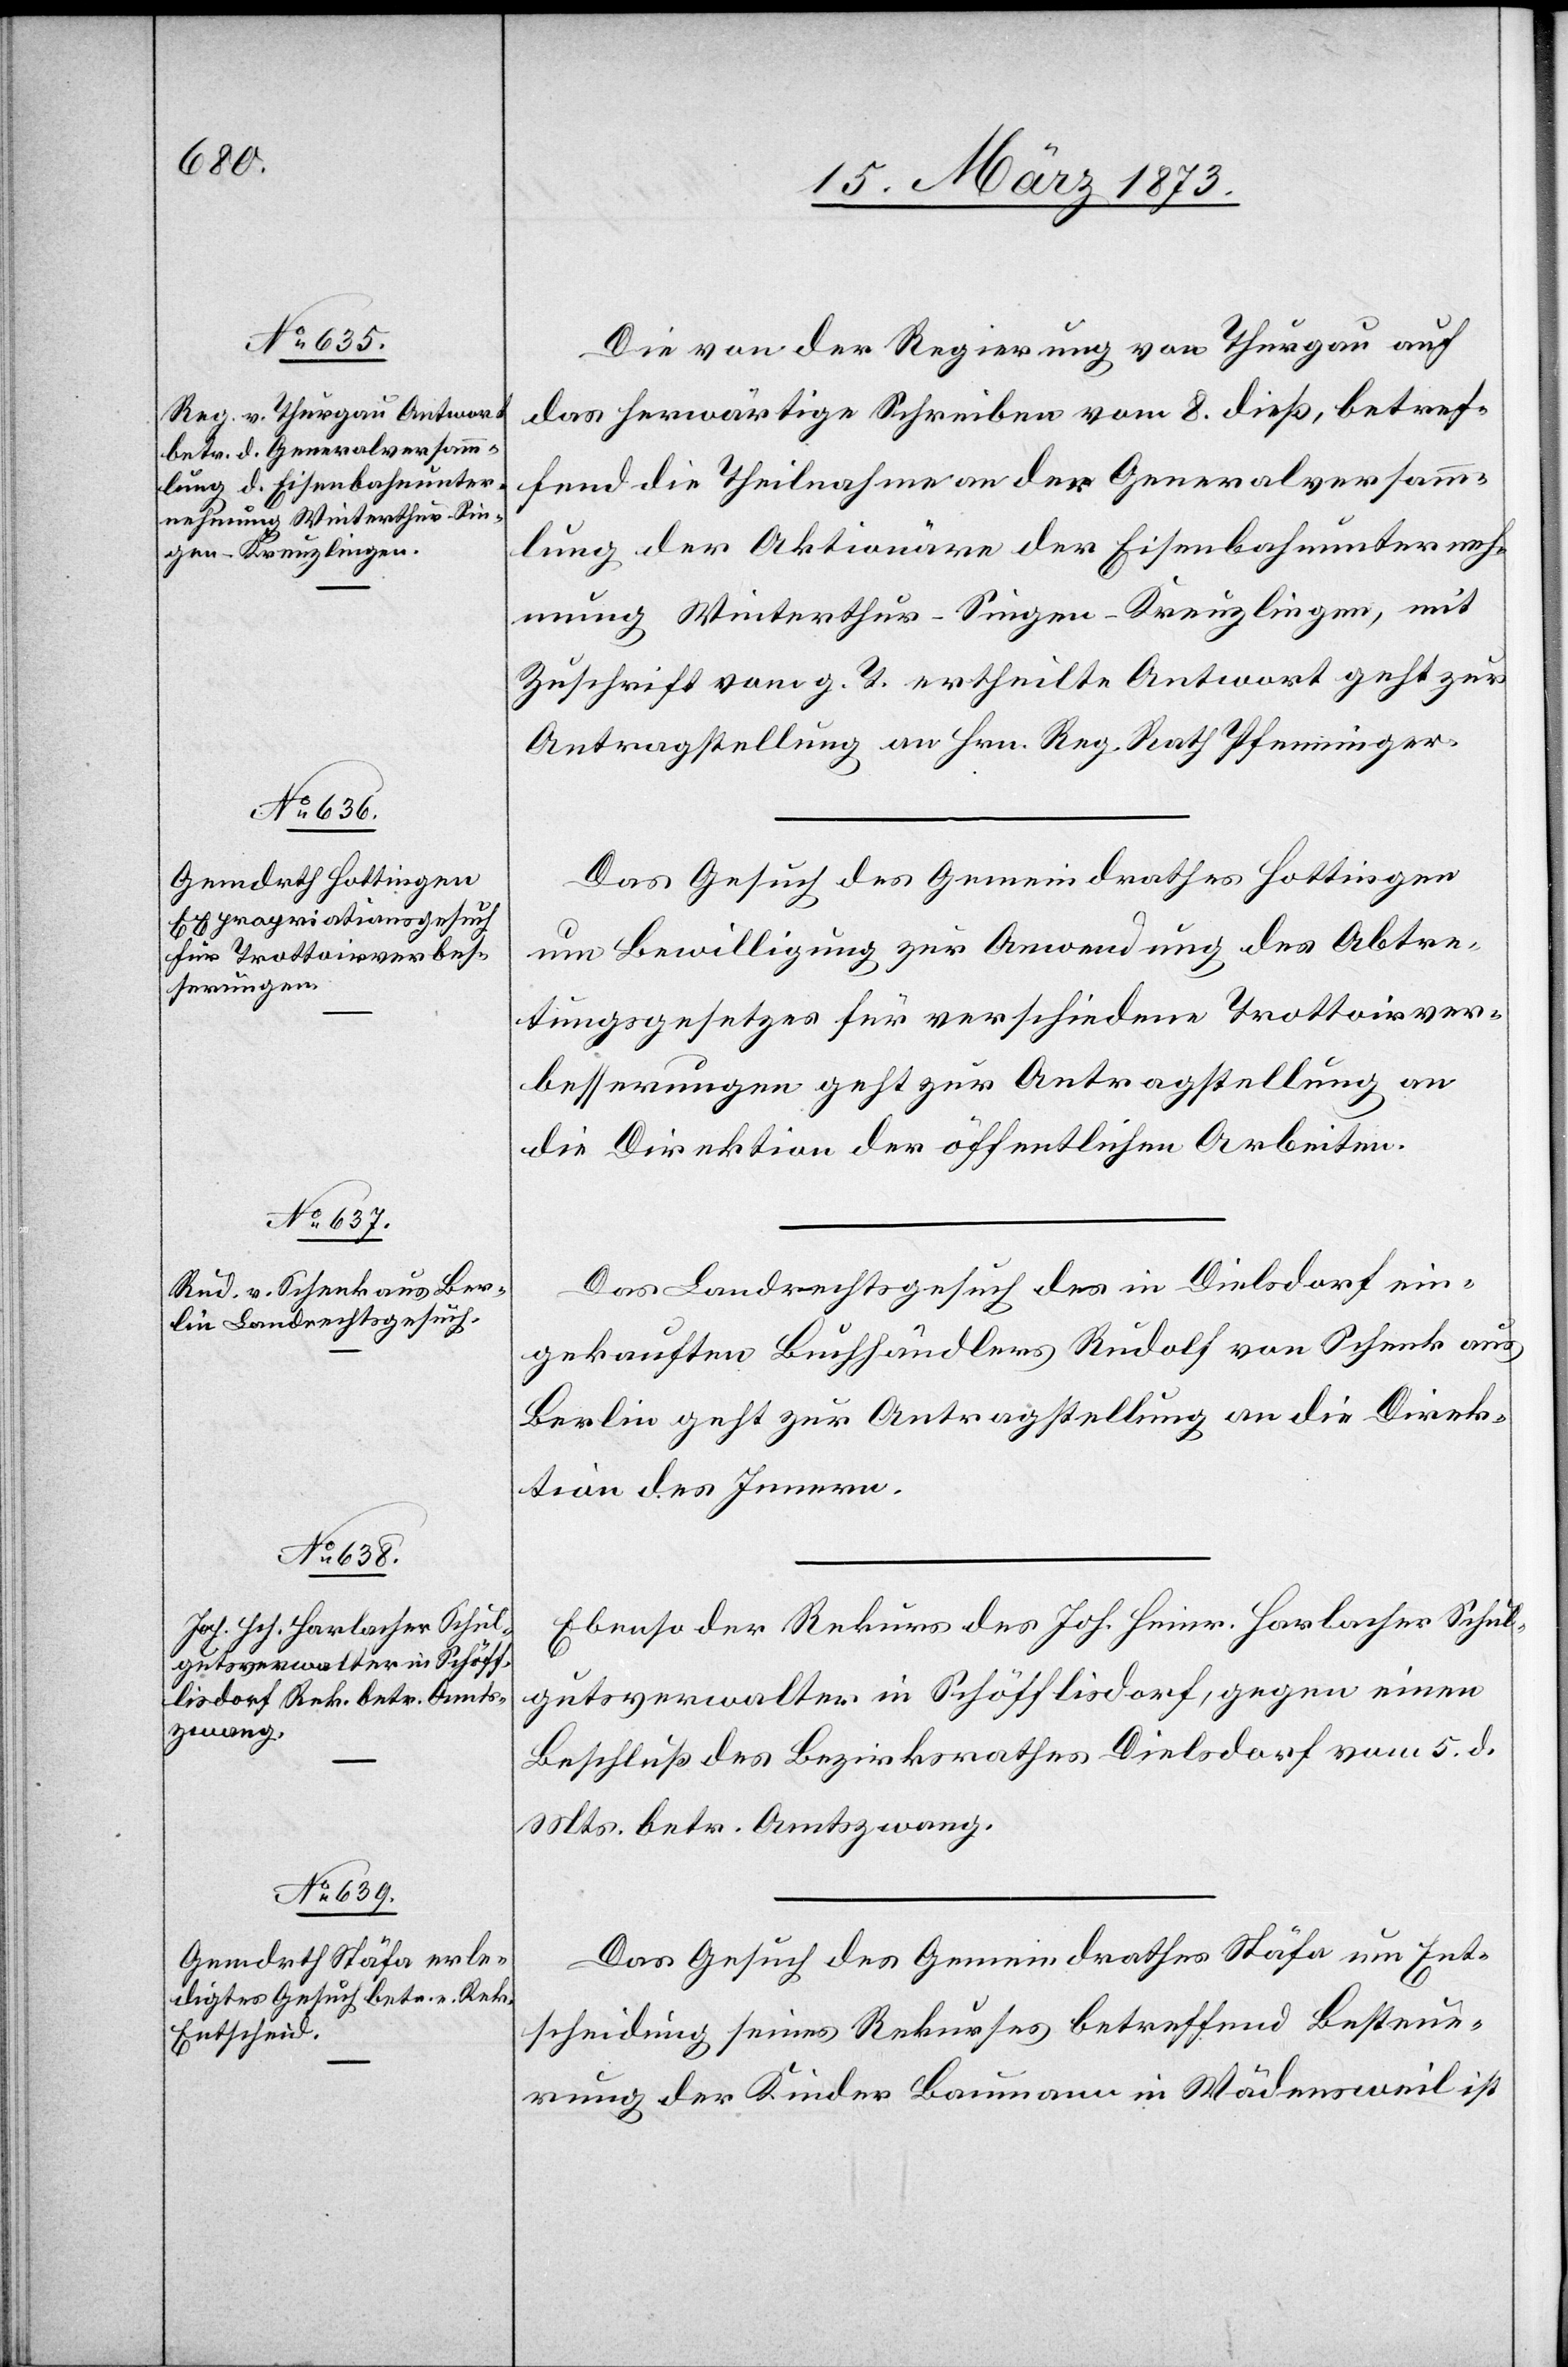
15. März 1873.]
Die von der Regierung von Thurgau auf
das herwärtige Schreiben vom 8. dieß, betref¬
fend die Theilnahme an der Generalversamm¬
lung der Aktionäre der Eisenbahnunterneh¬
mung Winterthur–Singen–Kreuzlingen, mit
Zuschrift vom g. T. ertheilte Antwort geht zur
Antragstellung an Hrn. Reg. Rath Pfenninger.
Das Gesuch des Gemeindrathes Hottingen
um Bewilligung zur Anwendung des Abtre¬
tungsgesetzes für verschiedene Trottoirver¬
besserungen geht zur Antragstellung an
die Direktion der öffentlichen Arbeiten.
Das Landrechtsgesuch des in Dielsdorf ein¬
gekauften Buchhändlers Rudolf von Schenk aus
Berlin geht zur Antragstellung an die Direk¬
tion des Innern.
Ebenso der Rekurs des Joh. Heinr. Harlacher Schul¬
gutsverwalter in Schöfflisdorf, gegen einen
Beschluß des Bezirksrathes Dielsdorf vom 5. d.
Mts. betr. Amtszwang.
Das Gesuch des Gemeindrathes Stäfa um Ent¬
scheidung seines Rekurses betreffend Besteue¬
rung der Kinder Baumann in Wädensweil ist